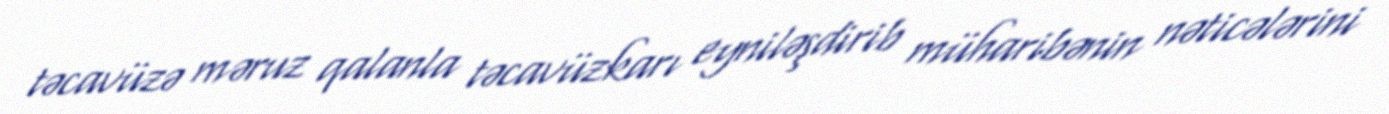
təcavüzə məruz qalanla təcavüzkarı eyniləşdirib müharibənin nəticələrini